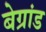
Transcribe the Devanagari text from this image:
बेग्रांड